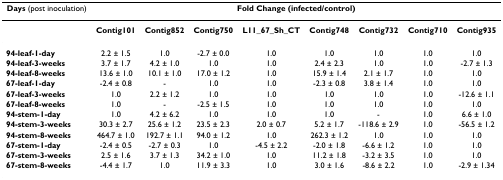
<table><thead><tr><td><b>Days (post inoculation)</b></td><td colspan="8"><b>Fold Change (infected/control)</b></td></tr></thead><tbody><tr><td></td><td><b>Contig101</b></td><td><b>Contig852</b></td><td><b>Contig750</b></td><td><b>L11_67_Sh_CT</b></td><td><b>Contig748</b></td><td><b>Contig732</b></td><td><b>Contig710</b></td><td><b>Contig935</b></td></tr><tr><td><b>94-leaf-1-day</b></td><td>2.2 ± 1.5</td><td>1.0</td><td>-2.7 ± 0.0</td><td>1.0</td><td>1.0</td><td>1.0</td><td>1.0</td><td>1.0</td></tr><tr><td><b>94-leaf-3-weeks</b></td><td>3.7 ± 1.7</td><td>4.2 ± 1.0</td><td>1.0</td><td>1.0</td><td>2.4 ± 2.3</td><td>1.0</td><td>1.0</td><td>-2.7 ± 1.3</td></tr><tr><td><b>94-leaf-8-weeks</b></td><td>13.6 ± 1.0</td><td>10.1 ± 1.0</td><td>17.0 ± 1.2</td><td>1.0</td><td>15.9 ± 1.4</td><td>2.1 ± 1.7</td><td>1.0</td><td>1.0</td></tr><tr><td><b>67-leaf-1-day</b></td><td>-2.4 ± 0.8</td><td>-</td><td>1.0</td><td>1.0</td><td>-2.3 ± 0.8</td><td>3.8 ± 1.4</td><td>1.0</td><td>1.0</td></tr><tr><td><b>67-leaf-3-weeks</b></td><td>1.0</td><td>2.2 ± 1.2</td><td>1.0</td><td>1.0</td><td>1.0</td><td>1.0</td><td>1.0</td><td>-12.6 ± 1.1</td></tr><tr><td><b>67-leaf-8-weeks</b></td><td>1.0</td><td>-</td><td>-2.5 ± 1.5</td><td>1.0</td><td>1.0</td><td>1.0</td><td>1.0</td><td>1.0</td></tr><tr><td><b>94-stem-1-day</b></td><td>1.0</td><td>4.2 ± 6.2</td><td>1.0</td><td>1.0</td><td>1.0</td><td>-</td><td>1.0</td><td>6.6 ± 1.0</td></tr><tr><td><b>94-stem-3-weeks</b></td><td>30.3 ± 2.7</td><td>25.6 ± 1.2</td><td>23.5 ± 2.3</td><td>2.0 ± 0.7</td><td>5.2 ± 1.7</td><td>-118.6 ± 2.9</td><td>1.0</td><td>-56.5 ± 1.2</td></tr><tr><td><b>94-stem-8-weeks</b></td><td>464.7 ± 1.0</td><td>192.7 ± 1.1</td><td>94.0 ± 1.2</td><td>1.0</td><td>262.3 ± 1.2</td><td>1.0</td><td>1.0</td><td>1.0</td></tr><tr><td><b>67-stem-1-day</b></td><td>-2.4 ± 0.5</td><td>-2.7 ± 0.3</td><td>1.0</td><td>-4.5 ± 2.2</td><td>-2.0 ± 1.8</td><td>-6.6 ± 1.2</td><td>1.0</td><td>1.0</td></tr><tr><td><b>67-stem-3-weeks</b></td><td>2.5 ± 1.6</td><td>3.7 ± 1.3</td><td>34.2 ± 1.0</td><td>1.0</td><td>11.2 ± 1.8</td><td>-3.2 ± 3.5</td><td>1.0</td><td>1.0</td></tr><tr><td><b>67-stem-8-weeks</b></td><td>-4.4 ± 1.7</td><td>1.0</td><td>11.9 ± 3.3</td><td>1.0</td><td>3.0 ± 1.6</td><td>-8.6 ± 2.2</td><td>1.0</td><td>-2.9 ± 1.34</td></tr></tbody></table>